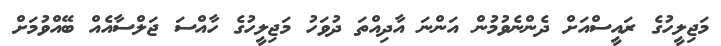
މަޖިލީހުގެ ރައީސްއަށް ދެންނެވުމުން އަންނަ އާދިއްތަ ދުވަހު މަޖިލީހުގެ ހާއްސަ ޖަލްސާއެއް ބޭއްވުމަށް